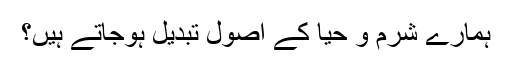
ہمارے شرم و حیا کے اصول تبدیل ہوجاتے ہیں؟